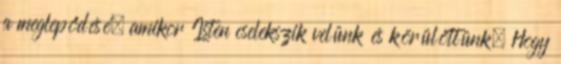
a meglepődésé, amikor Isten cselekszik velünk és körülöttünk. Hogy